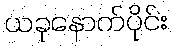
ယခုနောက်ပိုင်း